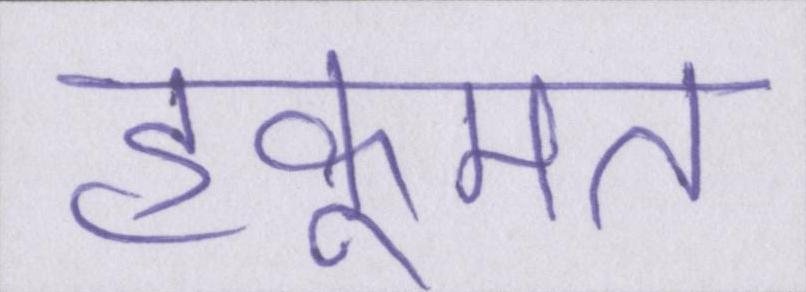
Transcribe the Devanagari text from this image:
हुकूमत